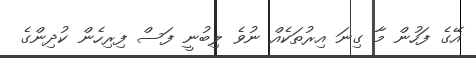
އޭގެ ފަހުން މާ ގިނަ އިރުތަކެއް ނުވެ ލިބުނީ ފަސް ފިރިހެން ކުދިންގެ